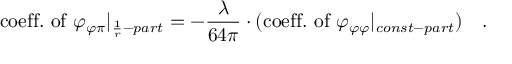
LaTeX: \mathrm { c o e f f . \ o f \ } \varphi _ { \varphi \pi } | _ { \frac { 1 } { r } - p a r t } = - \frac { \lambda } { 6 4 \pi } \cdot ( \mathrm { c o e f f . \ o f \ } \varphi _ { \varphi \varphi } | _ { c o n s t - p a r t } ) \ \ \ .